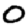
Digit: 0